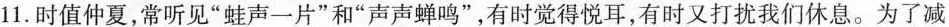
11. 时值仲夏，常听见“蛙声一片”和“声声蝉鸣”，有时觉得悦耳，有时又打扰我们休息。为了减